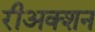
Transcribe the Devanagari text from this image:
रीअक्शन